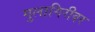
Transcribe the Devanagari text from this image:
गुलागिरीवर